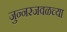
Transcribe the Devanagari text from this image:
जुन्‍नरजवळच्या